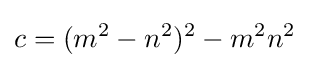
c=(m^{2}-n^{2})^{2}-m^{2}n^{2}